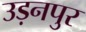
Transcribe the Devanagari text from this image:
उड़नपुर